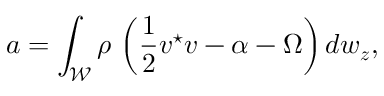
a = \int _ { \mathcal W } \rho \, \left( \frac { 1 } { 2 } { \boldsymbol v } ^ { \star } { \boldsymbol v } - \alpha - \Omega \right) d w _ { \boldsymbol z } ,